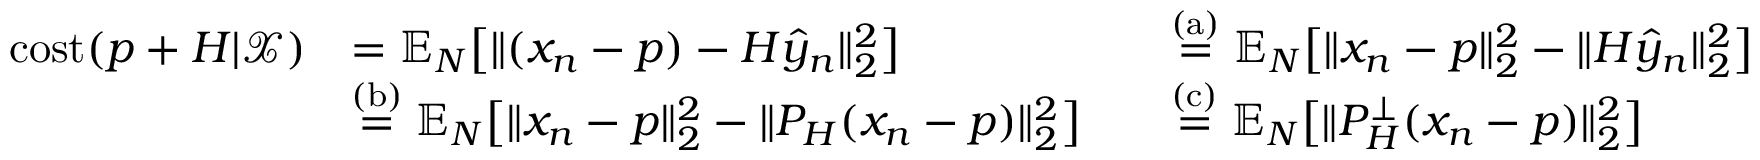
\begin{array} { r l r l } { \mathrm { c o s t } ( p + H | \mathcal { X } ) } & { = \mathbb { E } _ { N } \big [ \| ( x _ { n } - p ) - H \widehat { y } _ { n } \| _ { 2 } ^ { 2 } \big ] } & & { \stackrel { \mathrm { ( a ) } } { = } \mathbb { E } _ { N } \big [ \| x _ { n } - p \| _ { 2 } ^ { 2 } - \| H \widehat { y } _ { n } \| _ { 2 } ^ { 2 } \big ] } \\ & { \stackrel { \mathrm { ( b ) } } { = } \mathbb { E } _ { N } \big [ \| x _ { n } - p \| _ { 2 } ^ { 2 } - \| P _ { H } ( x _ { n } - p ) \| _ { 2 } ^ { 2 } \big ] } & & { \stackrel { \mathrm { ( c ) } } { = } \mathbb { E } _ { N } \big [ \| P _ { H } ^ { \perp } ( x _ { n } - p ) \| _ { 2 } ^ { 2 } \big ] } \end{array}